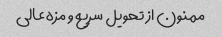
ممنون از تحویل سریع و مزه عالی